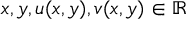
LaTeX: x , y , u ( x , y ) , v ( x , y ) \in \mathbb { R }